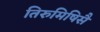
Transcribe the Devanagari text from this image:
तिरुमिषिसै